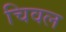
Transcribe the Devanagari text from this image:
चिवल